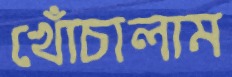
খোঁচালাম